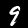
Label: 9